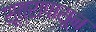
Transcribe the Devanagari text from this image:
सूत्रापासून